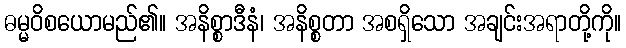
ဓမ္မဝိစယောမည်၏။ အနိစ္စာဒီနံ၊ အနိစ္စတာ အစရှိသော အချင်းအရာတို့ကို။